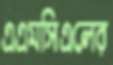
এএমসিএলের